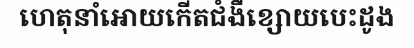
ហេតុនាំអោយកើតជំងឺខ្សោយបេះដូង